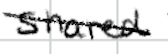
Text: shared
Cross-out: diagonal
Writing tool: digital_black